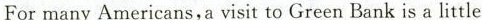
For many Americans,a visit to Green Bank is a little